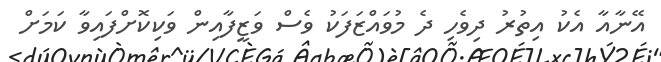
އޭނާއާ އެކު އިތުރު ދިވެހި ދެ މުވައްޒަފަކު ވެސް ވަޒީފާއިން ވަކިކޮށްފައިވާ ކަމަށް